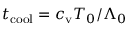
t _ { \mathrm { c o o l } } = \ensuremath { c _ { \mathrm { v } } } T _ { 0 } / \Lambda _ { 0 }